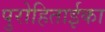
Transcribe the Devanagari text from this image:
पुरोहिताईका